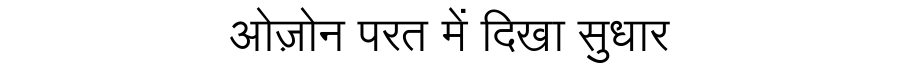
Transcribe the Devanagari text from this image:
ओज़ोन परत में दिखा सुधार